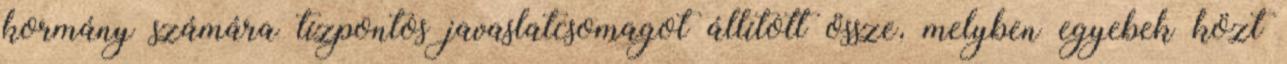
kormány számára tízpontos javaslatcsomagot állított össze, melyben egyebek közt